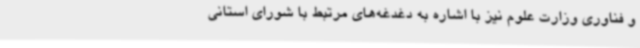
و فناوری وزارت علوم نیز با اشاره به دغدغه‌های مرتبط با شورای استانی